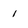
Character: i